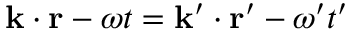
\mathbf { k } \cdot \mathbf { r } - \omega t = \mathbf { k } ^ { \prime } \cdot \mathbf { r } ^ { \prime } - \omega ^ { \prime } t ^ { \prime }